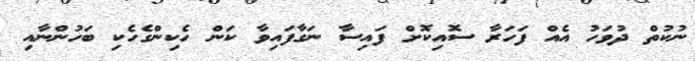
ނުކުތް ދުވަހު އެއް ފަހަރާ ސޮއިކޮށް ފައިސާ ނަގާފައިވާ ކަން ހެކިންގެހެކި ބަހުންނާއި